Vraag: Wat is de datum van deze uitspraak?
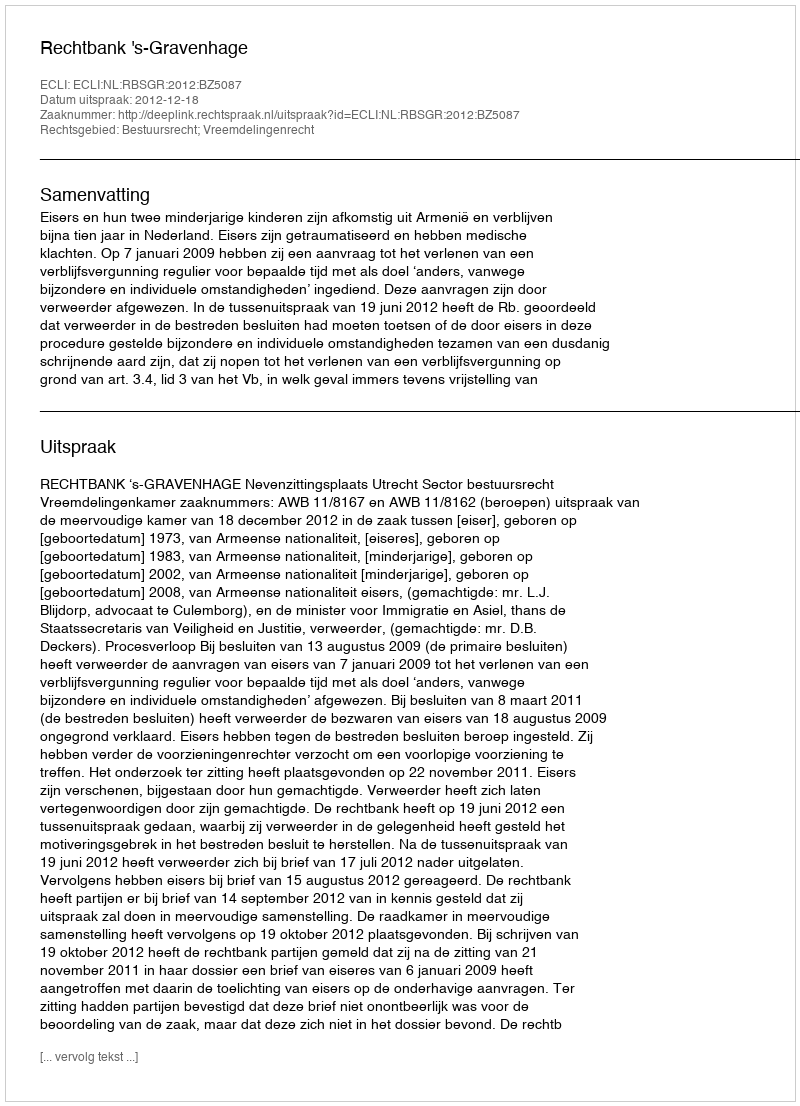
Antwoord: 2012-12-18